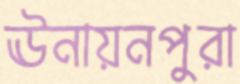
ঊনায়নপুরা